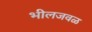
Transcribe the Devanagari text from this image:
भीलजवळ